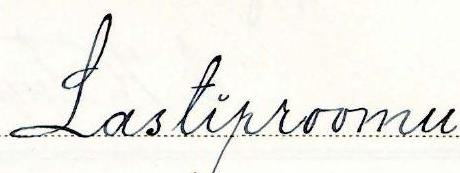
Lastiproomu